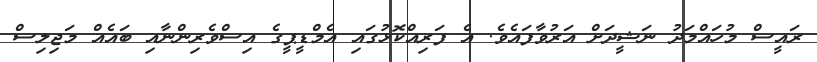
ރައީސް މުހައްމަދު ނަޝީދަށް އަރުވާފައެވެ. އެ ފަރިއްކޮޅުގައި އެމްޑީޕީގެ އިސްވެރިންނާއި ބައެއް މަޖިލިސް